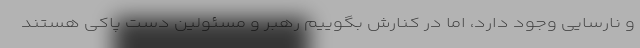
و نارسایی وجود دارد، اما در کنارش بگوییم رهبر و مسئولین دست پاکی هستند